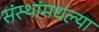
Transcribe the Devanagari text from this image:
संस्थांमधल्या